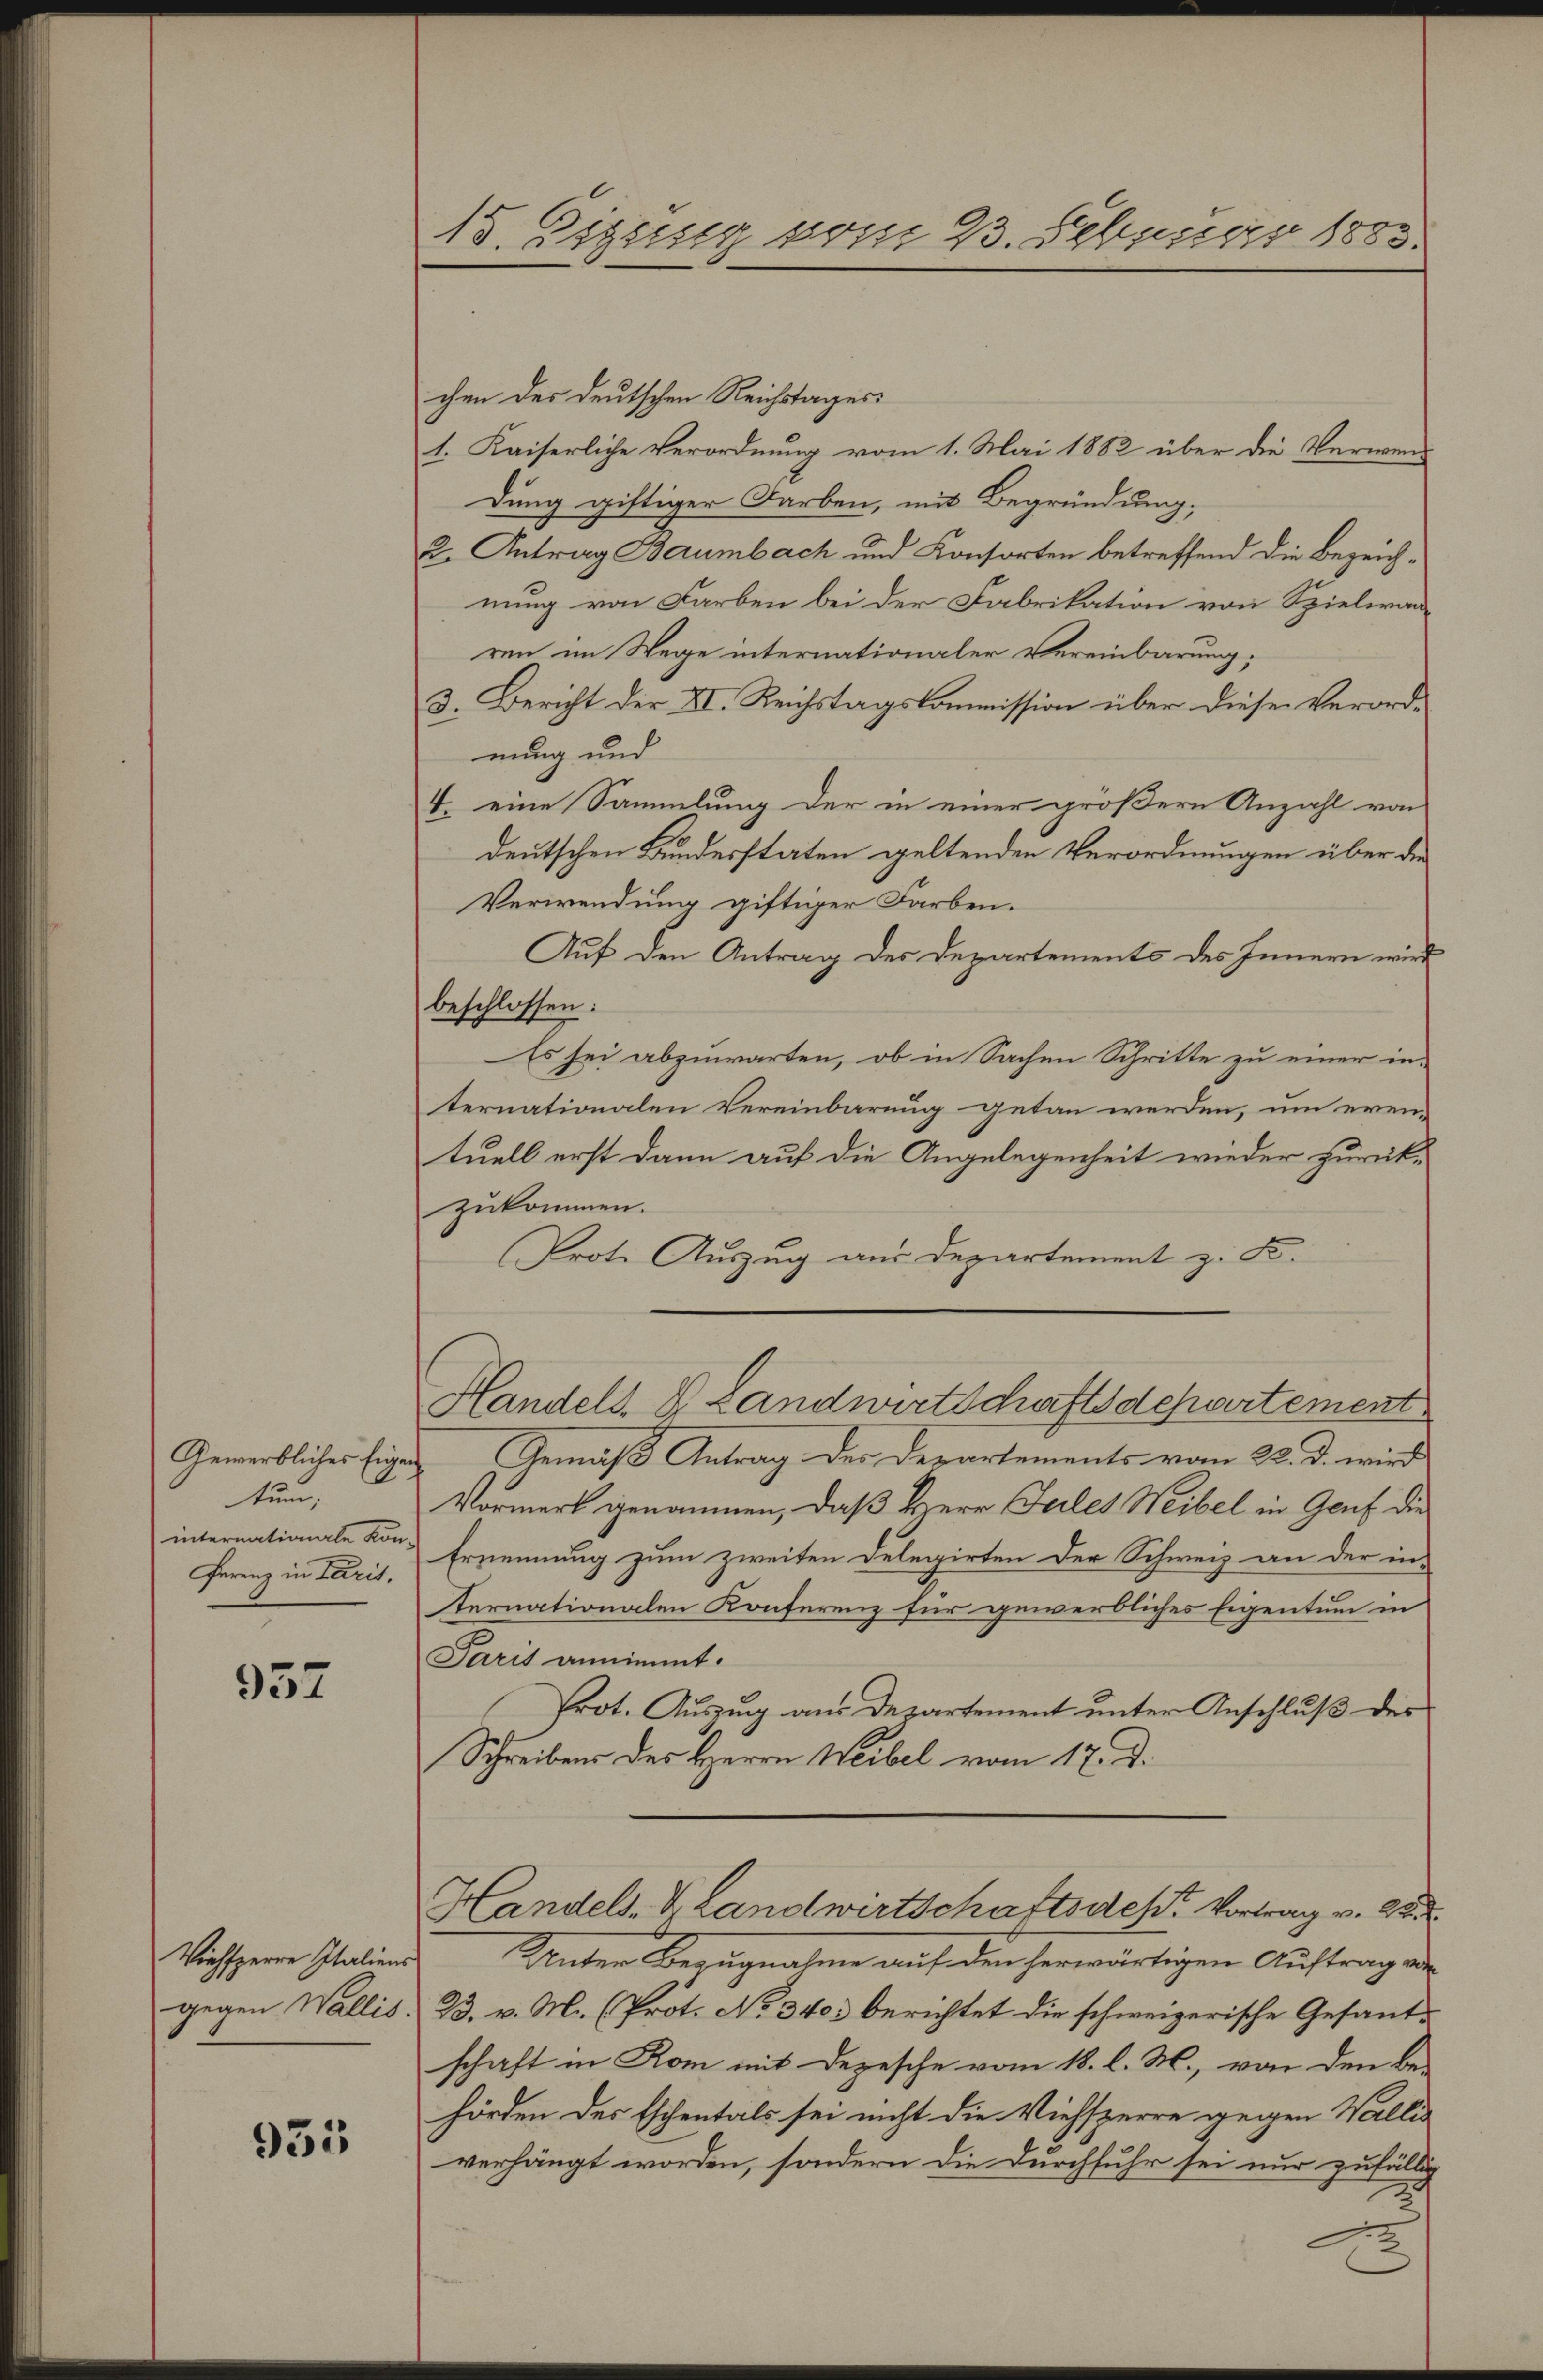
Gewerbliches Eigen
tum,
internationale Kon-
ferenz in Parit.

937

Viehsperre Italiens
gegen Wallis.

935

15. Eignung vom 23. Febuar 1883.

chen der deutschen Reichstages:
1. Kaiserliche Verordnung vom 1. Mai 1882 über die Verwend
dung giftiger Farben, mit Begründung,
2. Antrag Baumbach und Konsorten betreffend die Bezeichnung von Farben bei der Fabrikation von Spielwanren im Wege internationaler Vereinbarung:
3. Bericht der XI. Reichstagskommission über diese Verordnung und
4. eine Sammlung der in einer größern Anzahl von
deutschen Bundesstaten geltenden Verordnungen über die
Verwendung giftiger Farben.
Auf den Antrag des Departements des Innern wird
beschlossen:
Es sei abzuwarten, ob in Sachen Schritte zu einer internationalen Vereinbarung getan werden, um even
tuell erst dann auf die Angelegenheit wieder zurück-
zukommen.
Prote Auszug aus Departement z. B.
Handels- & Landwirtschaftsdepartement
Gemäß Antrag der Departements vom 23. d. wird
Vormerk genommen, daß Herr Feiles Weibel in Genf die
Ernennung zum zweiten Delegirten der Schweiz an der in-
ternationalen Konferenz für gewerbliches Eigentum in
Paris annimmt.
Prot. Auszug aus Departement unter Anschluß des
Schreibens des Herrn Weibel vom 17. d.
Handels-V. Landwirtschaftsdest. Vortrag v. 22.
Unter Bezugnahme auf den herwärtigen Auftrag von
23. v. M. (Prot. No 340. berichtet die schweizerische Gesandschaft in Rom mit Depesche vom 18. l. M., von den be-
hörden des Eschentals sei nicht die Viehsperre gegen Wallis
verhängt worden, sondern die Durchfuhr sei nur zufällig
2
.